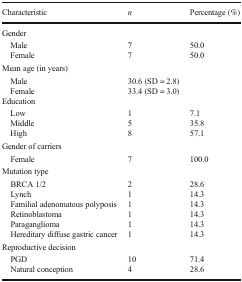
<table><thead><tr><td><b>Characteristic</b></td><td><b><i>n</i></b></td><td><b>Percentage (%)</b></td></tr></thead><tbody><tr><td colspan="3">Gender</td></tr><tr><td> Male Female</td><td>77</td><td>50.050.0</td></tr><tr><td colspan="3">Mean age (in years)</td></tr><tr><td> Male Female</td><td>30.6 (SD = 2.8)33.4 (SD = 3.0)</td><td></td></tr><tr><td colspan="3">Education</td></tr><tr><td> Low Middle High</td><td>158</td><td>7.135.857.1</td></tr><tr><td colspan="3">Gender of carriers</td></tr><tr><td> Female</td><td>7</td><td>100.0</td></tr><tr><td colspan="3">Mutation type</td></tr><tr><td> BRCA 1/2 Lynch Familial adenomatous polyposis Retinoblastoma Paraganglioma Hereditary diffuse gastric cancer</td><td>211111</td><td>28.614.314.314.314.314.3</td></tr><tr><td colspan="3">Reproductive decision</td></tr><tr><td> PGD Natural conception</td><td>104</td><td>71.428.6</td></tr></tbody></table>